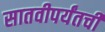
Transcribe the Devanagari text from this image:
सातवीपर्यंतची